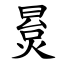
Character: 㬃